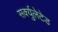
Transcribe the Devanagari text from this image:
सर्क्युलेटेड